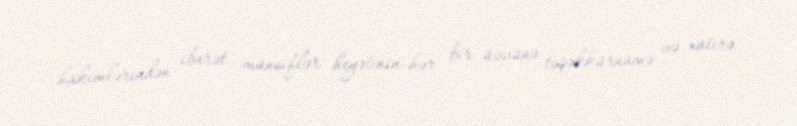
hakimlərindən ibarət münsiflər heyətinin hər bir üzvünə təşəkkürnamə və xatirə